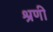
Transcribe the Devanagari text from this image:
श्रणी